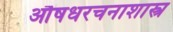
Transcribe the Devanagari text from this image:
औषधरचनाशास्त्र